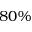
8 0 \%